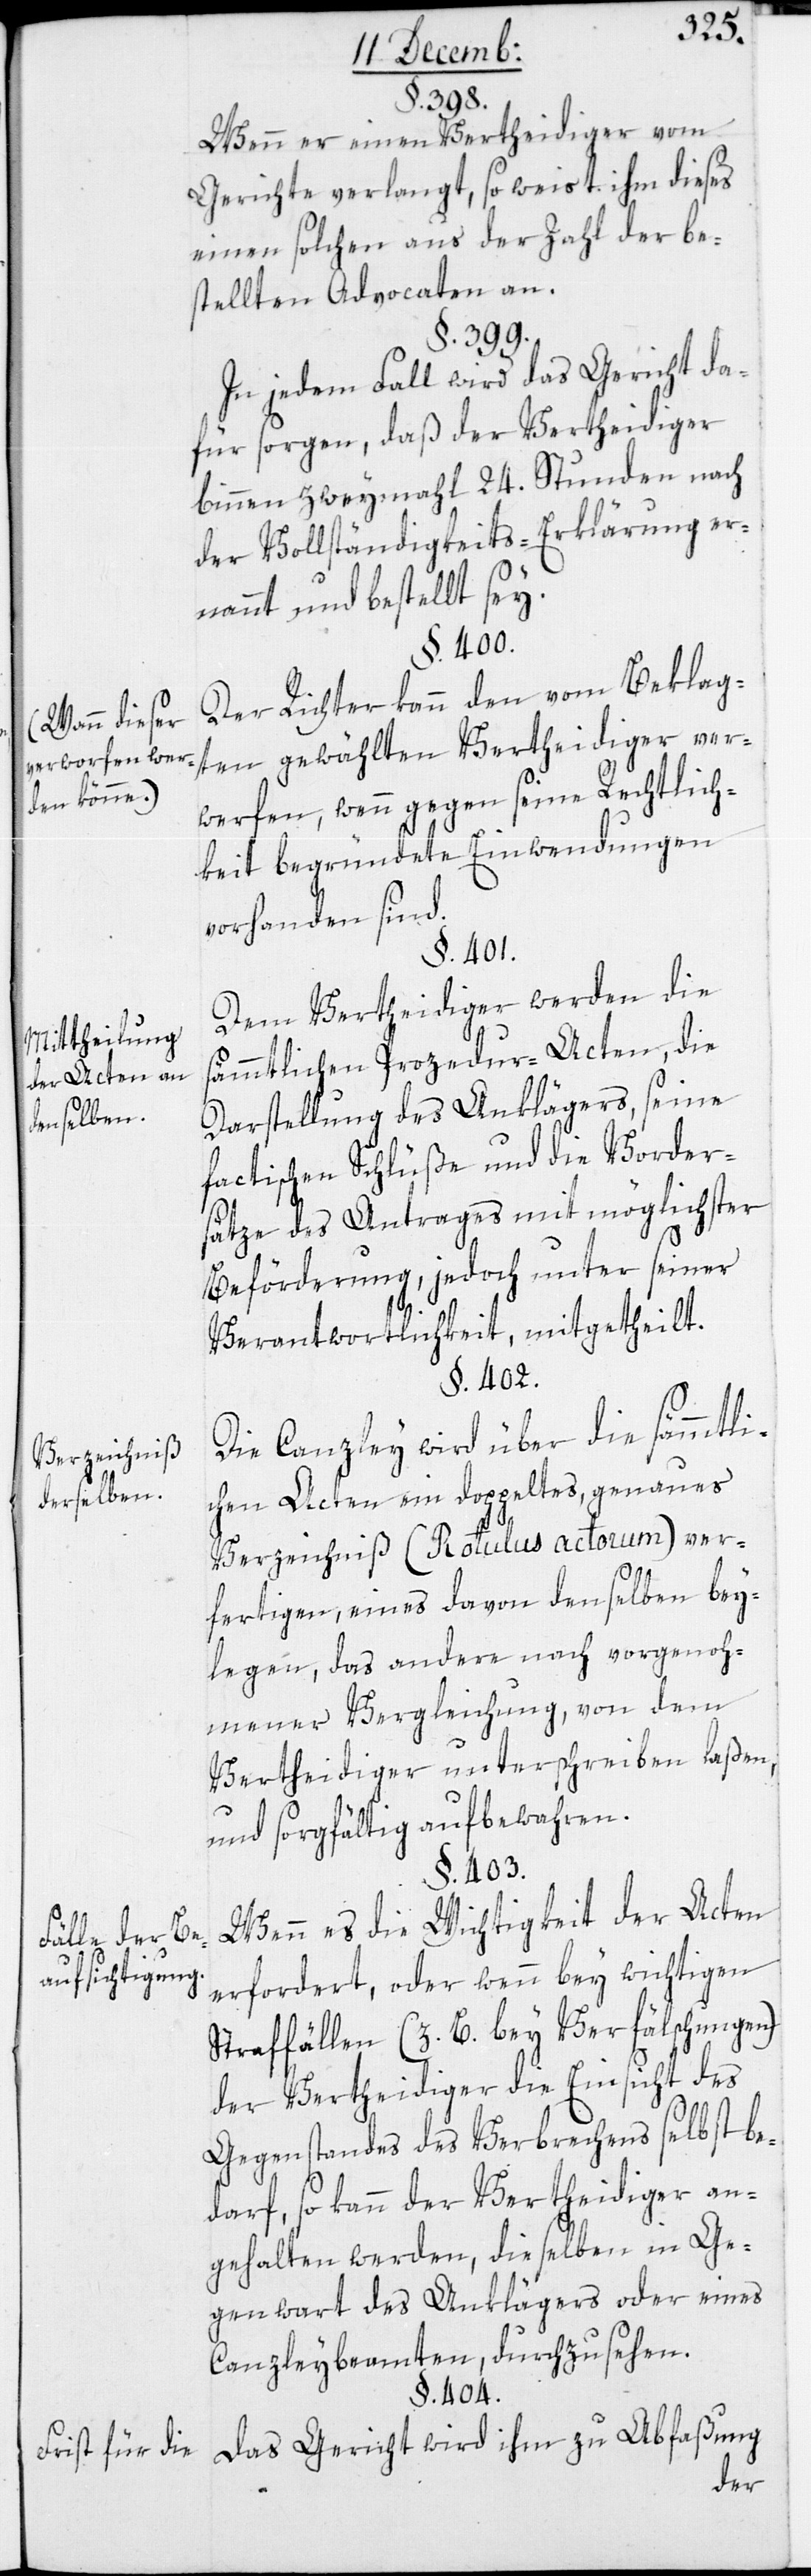
(Wann dieser
verworfen wer¬
den könne.)
Mittheilung
der Acten an
denselben.
Verzeichniß
derselben.
s¬
Fälle der Be¬
aufsichtigung.

§. 398.
Wenn er einen Vertheidiger vom
Gerichte verlangt, so weist ihm dieses
einen solchen aus der Zahl der be¬
stellten Advocaten an.
§. 399.
In jedem Fall wird das Gericht da¬
für sorgen, daß der Vertheidiger
binnen zwey Mahl 24. Stunden nach
der Vollständigkeits-Erklärung er¬
nannt und bestellt sey.
§. 400.
Der Richter kann den vom Beklag¬
ten gewählten Vertheidiger ver¬
werfen, wenn gegen seine Rechtlich¬
keit begründete Einwendungen
vorhanden sind.
§. 401.
Dem Vertheidiger werden die
ämmtlichen Procedur-Acten, die
Darstellung des Anklägers, seine
factischen Schlüße und die Vorder¬
sätze des Antrages mit möglichster
Beförderung, jedoch unter seiner
Verantwortlichkeit, mitgetheilt.
§. 402.
Die Canzley wird über die sämmtli¬
chen Acten ein doppeltes, genaues
Verzeichniß (Rotulus actorum) ver¬
fertigen, eines davon denselben bey¬
legen, das andere nach vorgenoh¬
mener Vergleichung, von dem
Vertheidiger unterschreiben laßen,
und sorgfältig aufbewahren.
§. 403.
Wenn es die Wichtigkeit der Acten
erfordert, oder wenn bey wichtigen
Straffällen (z. B. bey Verfälschungen)
der Vertheidiger die Einsicht des
Gegenstandes des Verbrechens selbst be¬
darf, so kann der Vertheidiger an¬
gehalten werden, dieselben in Ge¬
genwart des Anklägers oder eines
Canzleybeamten durchzusehen.
§. 404.
Das Gericht wird ihm zu Abfaßung
der